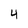
Character: 4